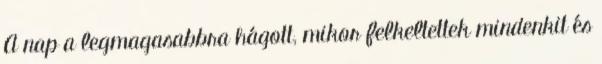
A nap a legmagasabbra hágott, mikor felkeltettek mindenkit és